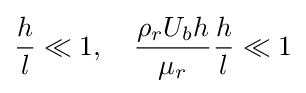
{\frac {h}{l}}\ll 1,\quad {\frac {\rho _{r}U_{b}h}{\mu _{r}}}{\frac {h}{l}}\ll 1